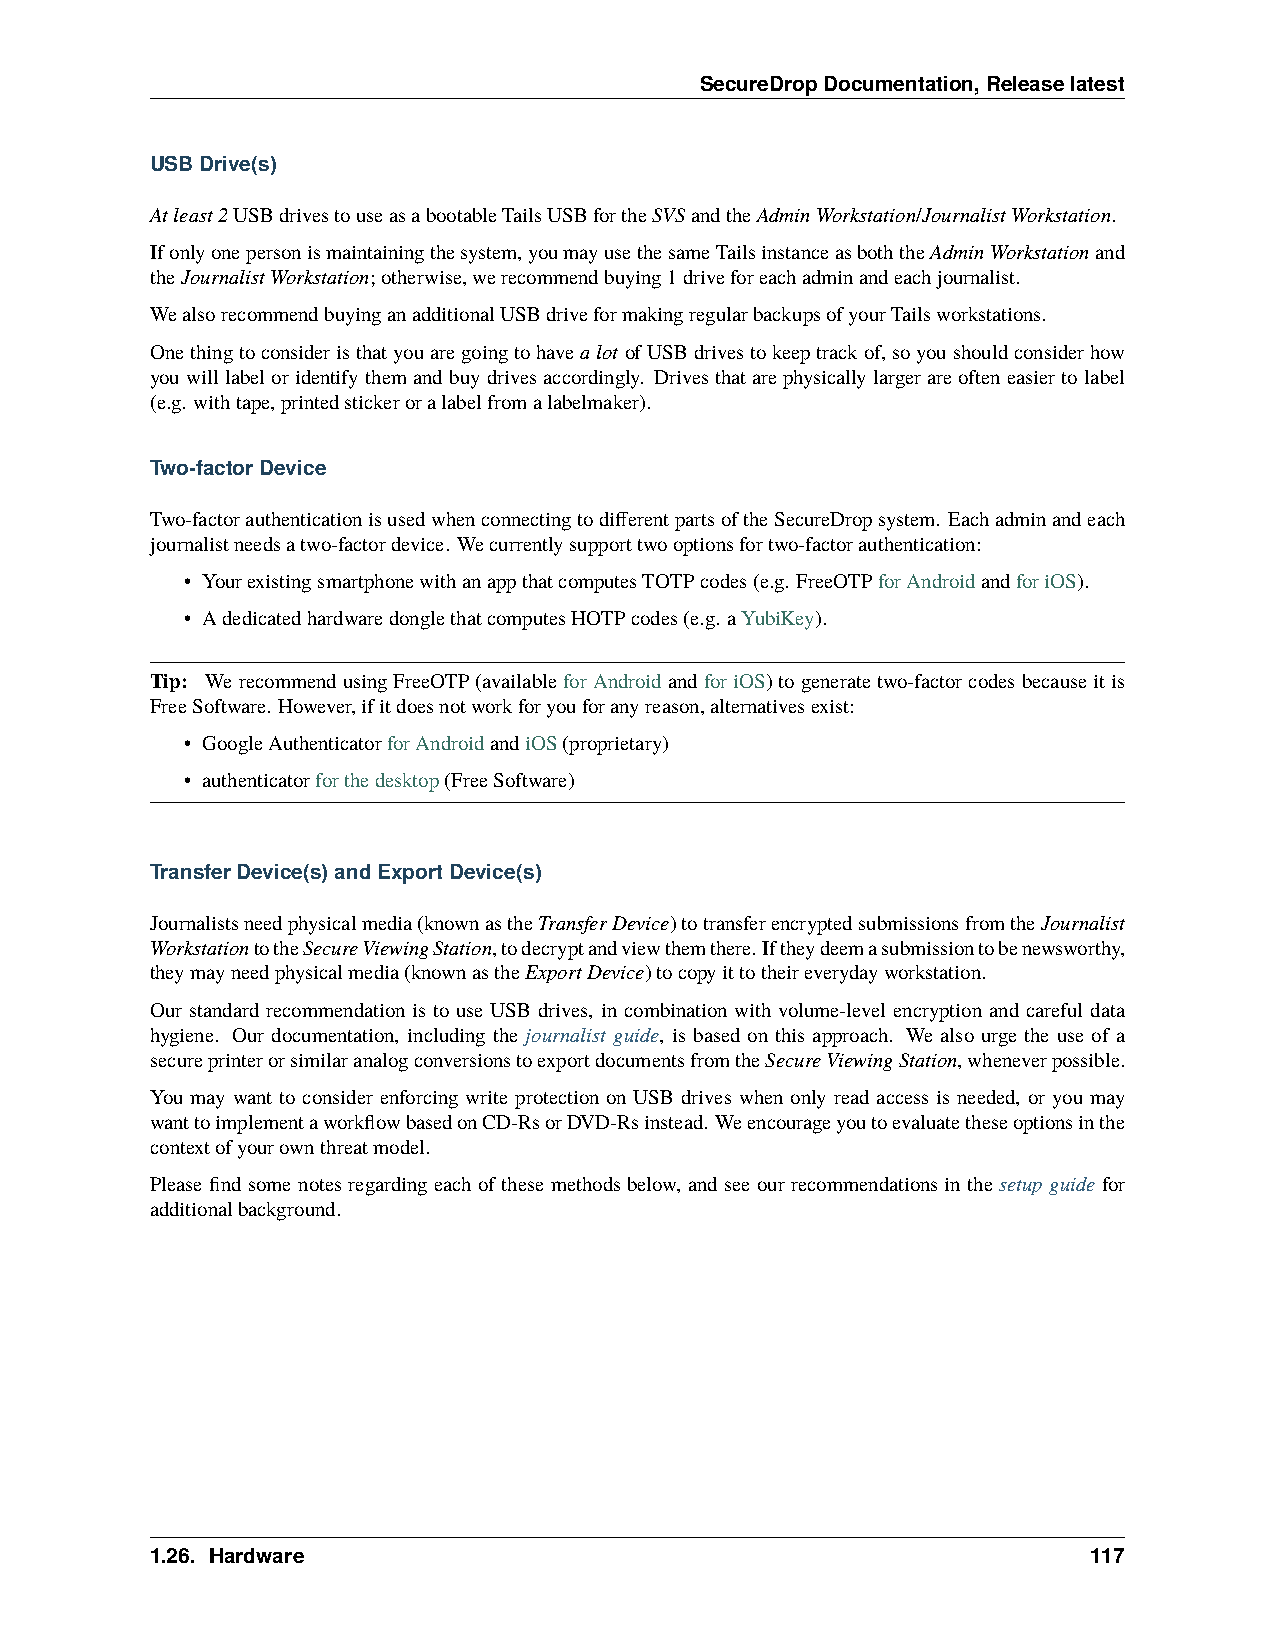
SecureDropDocumentation,Releaselatest
 USBDrive(s)
 Atleast2USBdrivestouseasabootableTailsUSBfortheSVSandtheAdminWorkstation/JournalistWorkstation.
 Ifonlyonepersonismaintainingthesystem,youmayusethesameTailsinstanceasboththeAdminWorkstationand
 theJournalistWorkstation;otherwise,werecommendbuying1driveforeachadminandeachjournalist.
 WealsorecommendbuyinganadditionalUSBdriveformakingregularbackupsofyourTailsworkstations.
 Onethingtoconsideristhatyouaregoingtohavealot ofUSBdrivestokeeptrackof,soyoushouldconsiderhow
 youwilllabeloridentifythemandbuydrivesaccordingly. Drivesthatarephysicallylargerareofteneasiertolabel
 (e.g. withtape,printedstickeroralabelfromalabelmaker).
 Two-factorDevice
 Two-factorauthenticationisusedwhenconnectingtodifferentpartsoftheSecureDropsystem. Eachadminandeach
 journalistneedsatwo-factordevice. Wecurrentlysupporttwooptionsfortwo-factorauthentication:
 • YourexistingsmartphonewithanappthatcomputesTOTPcodes(e.g. FreeOTPforAndroidandforiOS).
 • AdedicatedhardwaredonglethatcomputesHOTPcodes(e.g. aYubiKey).
 Tip: WerecommendusingFreeOTP(availableforAndroidandforiOS)togeneratetwo-factorcodesbecauseitis
 FreeSoftware. However,ifitdoesnotworkforyouforanyreason,alternativesexist:
 • GoogleAuthenticatorforAndroidandiOS(proprietary)
 • authenticatorforthedesktop(FreeSoftware)
 TransferDevice(s)andExportDevice(s)
 Journalistsneedphysicalmedia(knownastheTransferDevice)totransferencryptedsubmissionsfromtheJournalist
 WorkstationtotheSecureViewingStation,todecryptandviewthemthere. Iftheydeemasubmissiontobenewsworthy,
 theymayneedphysicalmedia(knownastheExportDevice)tocopyittotheireverydayworkstation.
 Our standard recommendation is to use USB drives, in combination with volume-level encryption and careful data
 hygiene. Our documentation, including the journalist guide, is based on this approach. We also urge the use of a
 secureprinterorsimilaranalogconversionstoexportdocumentsfromtheSecureViewingStation,wheneverpossible.
 You may want to consider enforcing write protection on USB drives when only read access is needed, or you may
 wanttoimplementaworkflowbasedonCD-RsorDVD-Rsinstead. Weencourageyoutoevaluatetheseoptionsinthe
 contextofyourownthreatmodel.
 Please find some notes regarding each of these methods below, and see our recommendations in the setup guide for
 additionalbackground.
 1.26. Hardware                                                117